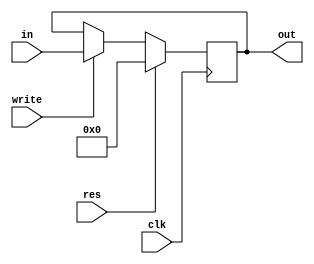
`timescale 1ns / 1ps
//////////////////////////////////////////////////////////////////////////////////
// Company: 
// Engineer: 
// 
// Design Name: 
// Module Name: PC
// Project Name: 
// Target Devices: 
// Tool Versions: 
// Description: 
// 
// Dependencies: 
// 
// Revision:
// Revision 0.01 - File Created
// Additional Comments:
// 
//////////////////////////////////////////////////////////////////////////////////


module PC(input clk, res, write, input[31:0] in, output reg[31:0] out);
    always@(posedge clk)
    begin
        if (res == 1)
            out = 32'b0;
        else
        begin
            if (write == 1) 
                    out = in;
         end
    end
endmodule